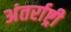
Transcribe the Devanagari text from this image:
अंतर्राष्ट्री